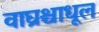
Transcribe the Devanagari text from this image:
वाघ्रश्चाधूल